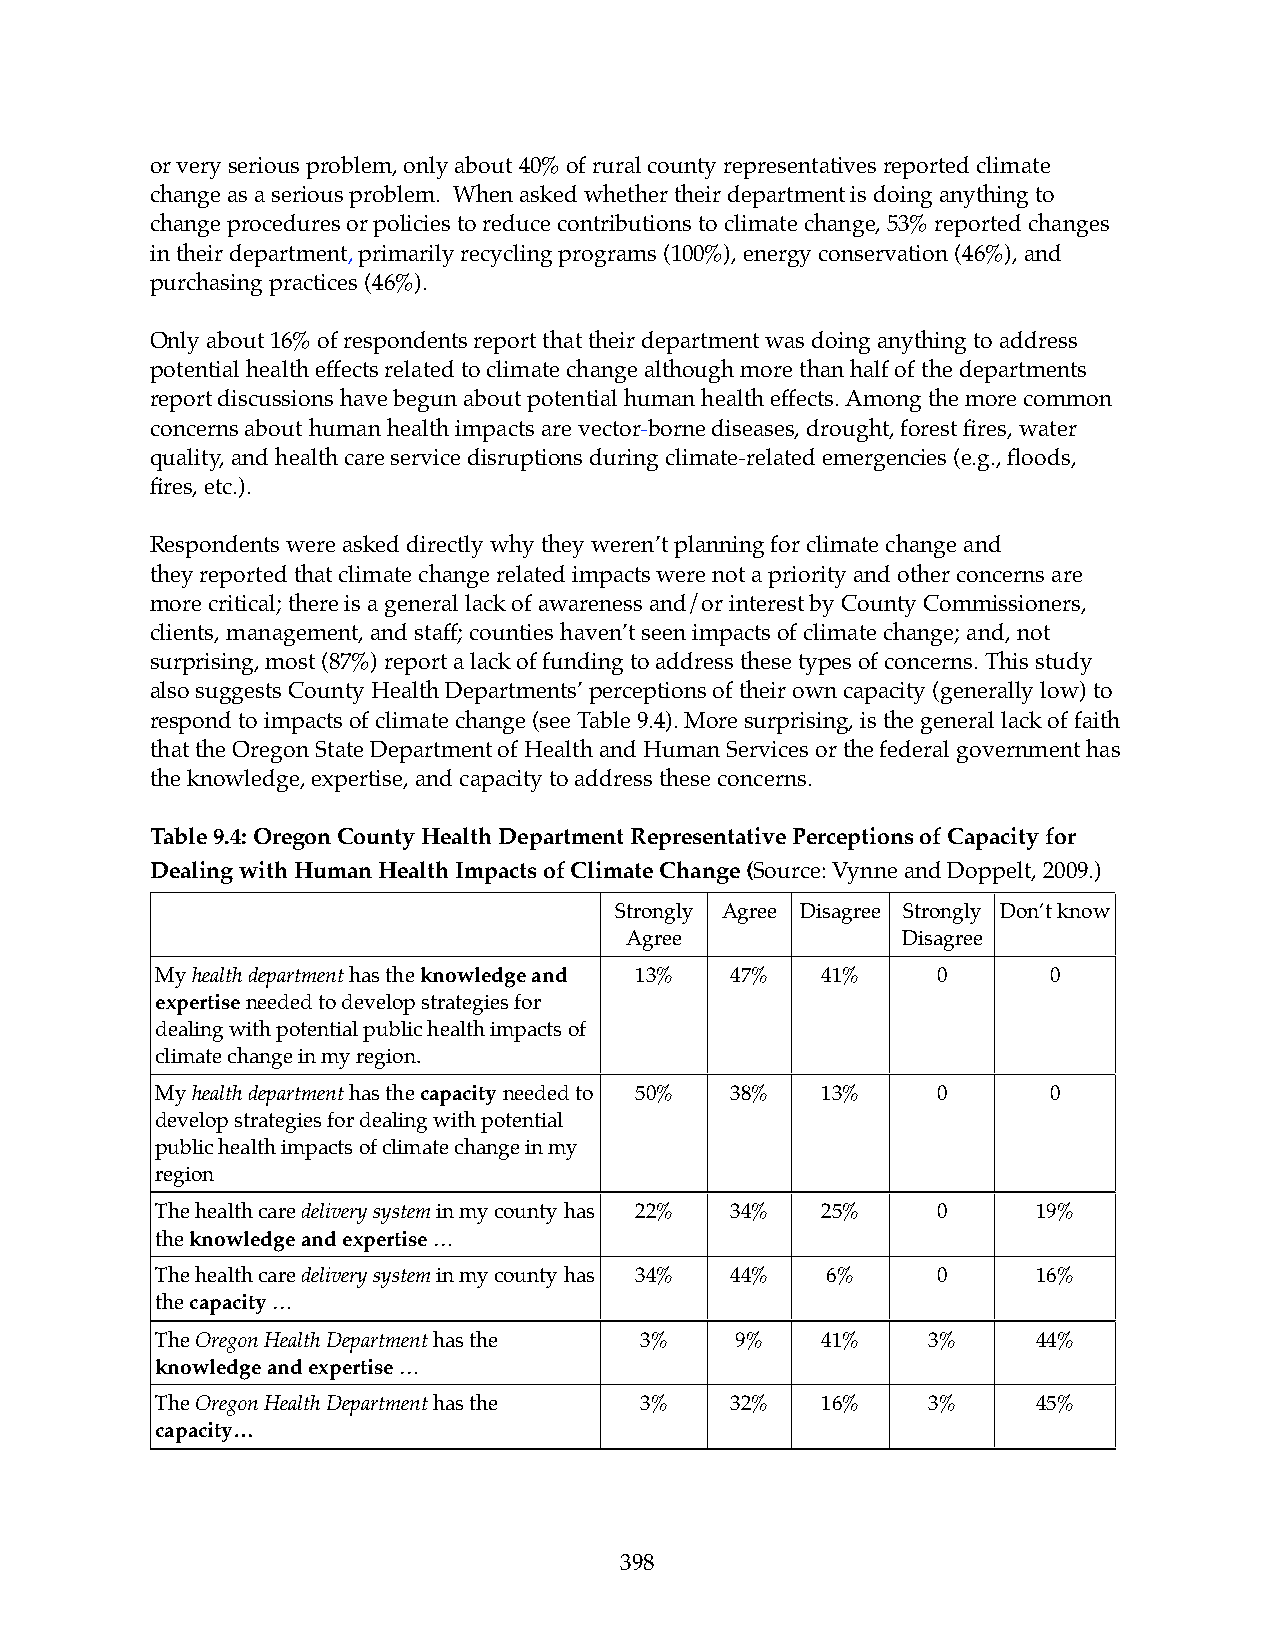
or very serious problem, only about 40% of rural county representatives reported climate
 change as a serious problem. When asked whether their department is doing anything to
 change procedures or policies to reduce contributions to climate change, 53% reported changes
 in their department, primarily recycling programs (100%), energy conservation (46%), and
 purchasing practices (46%).
 Only about 16% of respondents report that their department was doing anything to address
 potential health effects related to climate change although more than half of the departments
 report discussions have begun about potential human health effects. Among the more common
 concerns about human health impacts are vector-borne diseases, drought, forest fires, water
 quality, and health care service disruptions during climate-related emergencies (e.g., floods,
 fires, etc.).
 Respondents were asked directly why they weren’t planning for climate change and
 they reported that climate change related impacts were not a priority and other concerns are
 more critical; there is a general lack of awareness and/or interest by County Commissioners,
 clients, management, and staff; counties haven’t seen impacts of climate change; and, not
 surprising, most (87%) report a lack of funding to address these types of concerns. This study
 also suggests County Health Departments’ perceptions of their own capacity (generally low) to
 respond to impacts of climate change (see Table 9.4). More surprising, is the general lack of faith
 that the Oregon State Department of Health and Human Services or the federal government has
 the knowledge, expertise, and capacity to address these concerns.
 Table 9.4: Oregon County Health Department Representative Perceptions of Capacity for
 Dealing with Human Health Impacts of Climate Change (Source: Vynne and Doppelt, 2009.)
 Strongly Agree Disagree Strongly Don’t know
 Agree              Disagree
 My health department has the knowledge and 13% 47% 41% 0    0
 expertise needed to develop strategies for
 dealing with potential public health impacts of
 climate change in my region.
 My health department has the capacity needed to 50% 38% 13% 0 0
 develop strategies for dealing with potential
 public health impacts of climate change in my
 region
 The health care delivery system in my county has 22% 34% 25% 0 19%
 the knowledge and expertise …
 The health care delivery system in my county has 34% 44% 6% 0 16%
 the capacity …
 The Oregon Health Department has the 3% 9%  41%    3%      44%
 knowledge and expertise …
 The Oregon Health Department has the 3% 32% 16%    3%      45%
 capacity…
 398